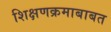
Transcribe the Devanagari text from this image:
शिक्षणक्रमाबाबत